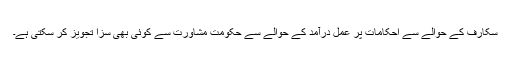
سکارف کے حوالے سے احکامات پر عمل درآمد کے حوالے سے حکومت مشاورت سے کوئی بھی سزا تجویز کر سکتی ہے۔